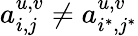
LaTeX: a_{i,j}^{u,v}\neq a_{i^{*},j^{*}}^{u,v}